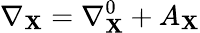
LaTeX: \nabla_{\mathbf{X}}=\nabla_{\mathbf{X}}^{0}+A_{\mathbf{X}}